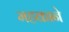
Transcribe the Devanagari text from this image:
महकाने